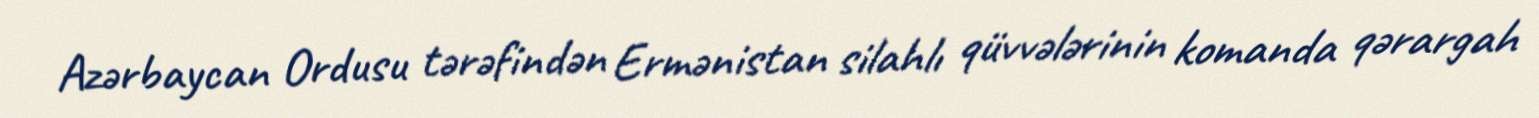
Azərbaycan Ordusu tərəfindən Ermənistan silahlı qüvvələrinin komanda qərargah